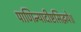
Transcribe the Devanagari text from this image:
पाणिन्यादीष्टसिद्धये॥